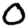
Digit: 0